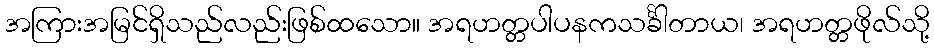
အကြားအမြင်ရှိသည်လည်းဖြစ်ထသော။ အရဟတ္တပါပနကသင်္ခါတာယ၊ အရဟတ္တဖိုလ်သို့